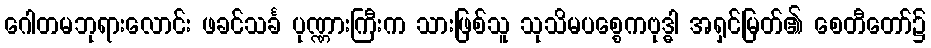
ဂေါတမဘုရားလောင်း ဖခင်သင်္ခ ပုဏ္ဏားကြီးက သားဖြစ်သူ သုသိမပစ္စေကဗုဒ္ဓါ အရှင်မြတ်၏ စေတီတော်၌